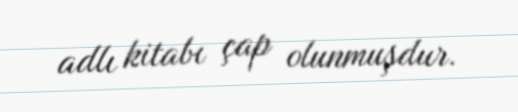
adlı kitabı çap olunmuşdur.